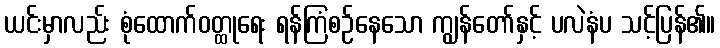
ယင်းမှာလည်း စုံထောက်ဝတ္ထုရေး ရန်ကြံစဉ်နေသော ကျွန်တော်နှင့် ပလဲနံပ သင့်ပြန်၏။